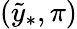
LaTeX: (\tilde{y}_{\ast},\pi)